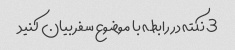
3 نکته در رابطه با موضوع سفر بیان کنید